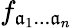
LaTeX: f_{\mathfrak{a}_{1}...\mathfrak{a}_{n}}